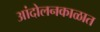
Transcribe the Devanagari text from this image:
आंदोलनकाळात